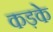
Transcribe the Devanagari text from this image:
कड़के